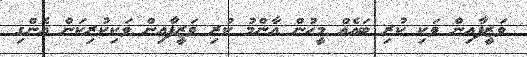
ވަޒީފާއިން ވަކި ކުރި ބައެއް މީހުން އާންމު ކުރި ވަޒީފާއިން ވަކިކުރިކަން އެންގި